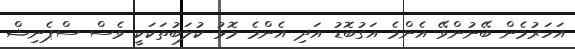
އަހަރުމެން ބޭނުންވޭ އެންމެ އަގުބޮޑު އަދި އެންމެ މޮޅު ކުލަބުތަކަކީ ވެސް ސްޕެނިޝް